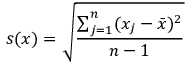
s ( x ) = \sqrt { \frac { \sum _ { j = 1 } ^ { n } ( x _ { j } - \bar { x } ) ^ { 2 } } { n - 1 } }